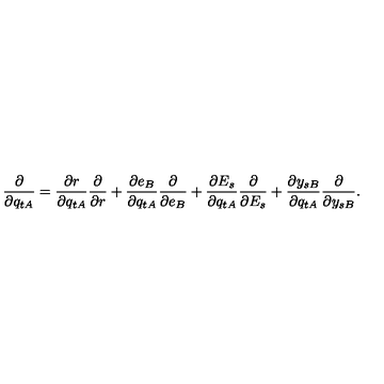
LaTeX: \frac { \partial } { \partial q _ { t A } } = \frac { \partial r } { \partial q _ { t A } } \frac { \partial } { \partial r } + \frac { \partial e _ { B } } { \partial q _ { t A } } \frac { \partial } { \partial e _ { B } } + \frac { \partial E _ { s } } { \partial q _ { t A } } \frac { \partial } { \partial E _ { s } } + \frac { \partial y _ { s B } } { \partial q _ { t A } } \frac { \partial } { \partial y _ { s B } } .